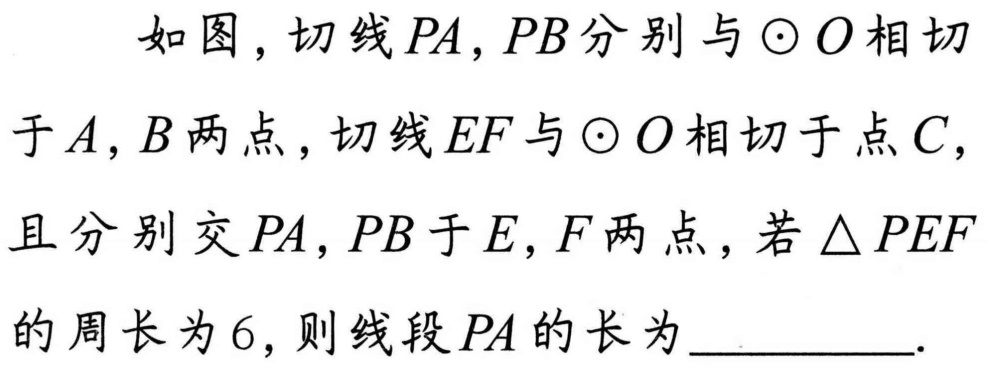
如图，切线 \(PA\)，\(PB\) 分别与 \(\odot O\) 相切
于 \(A\)，\(B\) 两点，切线 \(EF\) 与 \(\odot O\) 相切于点 \(C\)，
且分别交 \(PA\)，\(PB\) 于 \(E\)，\(F\) 两点，若 \(\triangle PEF\)
的周长为 \(6\)，则线段 \(PA\) 的长为  ．